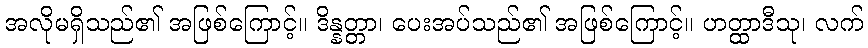
အလိုမရှိသည်၏ အဖြစ်ကြောင့်။ ဒိန္နတ္တာ၊ ပေးအပ်သည်၏ အဖြစ်ကြောင့်။ ဟတ္ထာဒီသု၊ လက်